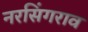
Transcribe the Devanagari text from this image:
नरसिंगराव